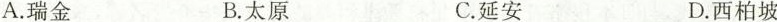
A.瑞金 B.太原 C.延安 D.西柏坡